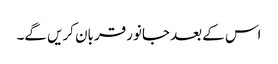
اس کے بعد جانور قربان کریں گے۔